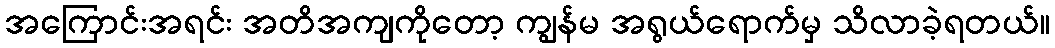
အကြောင်းအရင်း အတိအကျကိုတော့ ကျွန်မ အရွယ်ရောက်မှ သိလာခဲ့ရတယ်။